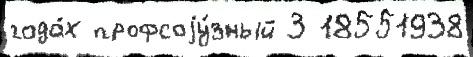
года́х профсоjу́зный 3 18551938